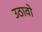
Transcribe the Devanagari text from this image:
उठावो